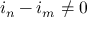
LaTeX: i _ { n } - i _ { m } \neq 0